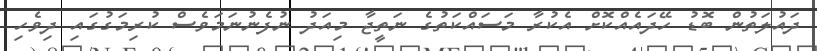
ދައުލަތުން ބޮޑު ހޭދައެއްކޮށް އެކުރާ މަސައްކަތުގެ ނަތީޖާ މިއަދު ނުފެނުނަމަވެސް ކުރިމަގުގައި ދިވެހި